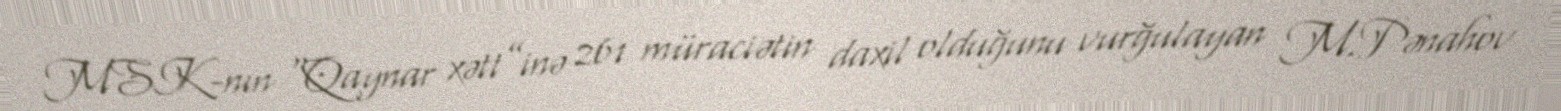
MSK-nın “Qaynar xətt”inə 261 müraciətin daxil olduğunu vurğulayan M.Pənahov